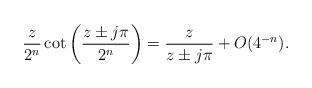
LaTeX: \begin{align*} \frac{z}{2^n}\cot\left(\frac{z\pm j\pi}{2^n}\right)=\frac{z}{z\pm j\pi}+O(4^{-n}).\end{align*}